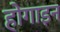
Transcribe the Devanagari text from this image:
होगाइन